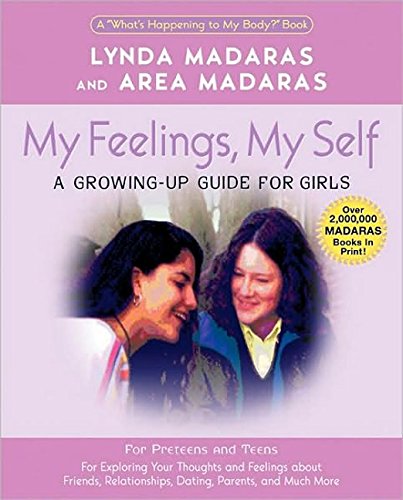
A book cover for My Feelings, My Self: A Journal for Girls (What's Happening to My Body Books); Lynda Madaras; Teen & Young Adult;